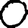
Digit: 0